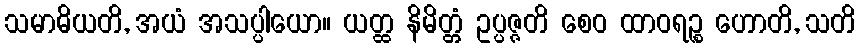
သမာဓိယတိ, အယံ အသပ္ပါယော။ ယတ္ထ နိမိတ္တံ ဥပ္ပဇ္ဇတိ စေဝ ထာဝရဉ္စ ဟောတိ, သတိ